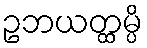
ဥဘယတ္ထမ္ပိ